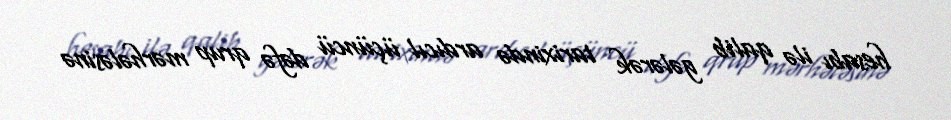
hesabı ilə qalib gələrək tarixində ardıcıl üçüncü dəfə qrup mərhələsinə